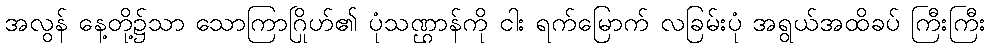
အလွန် နေ့တို့၌သာ သောကြာဂြိုဟ်၏ ပုံသဏ္ဌာန်ကို ငါး ရက်မြောက် လခြမ်းပုံ အရွယ်အထိခပ် ကြီးကြီး